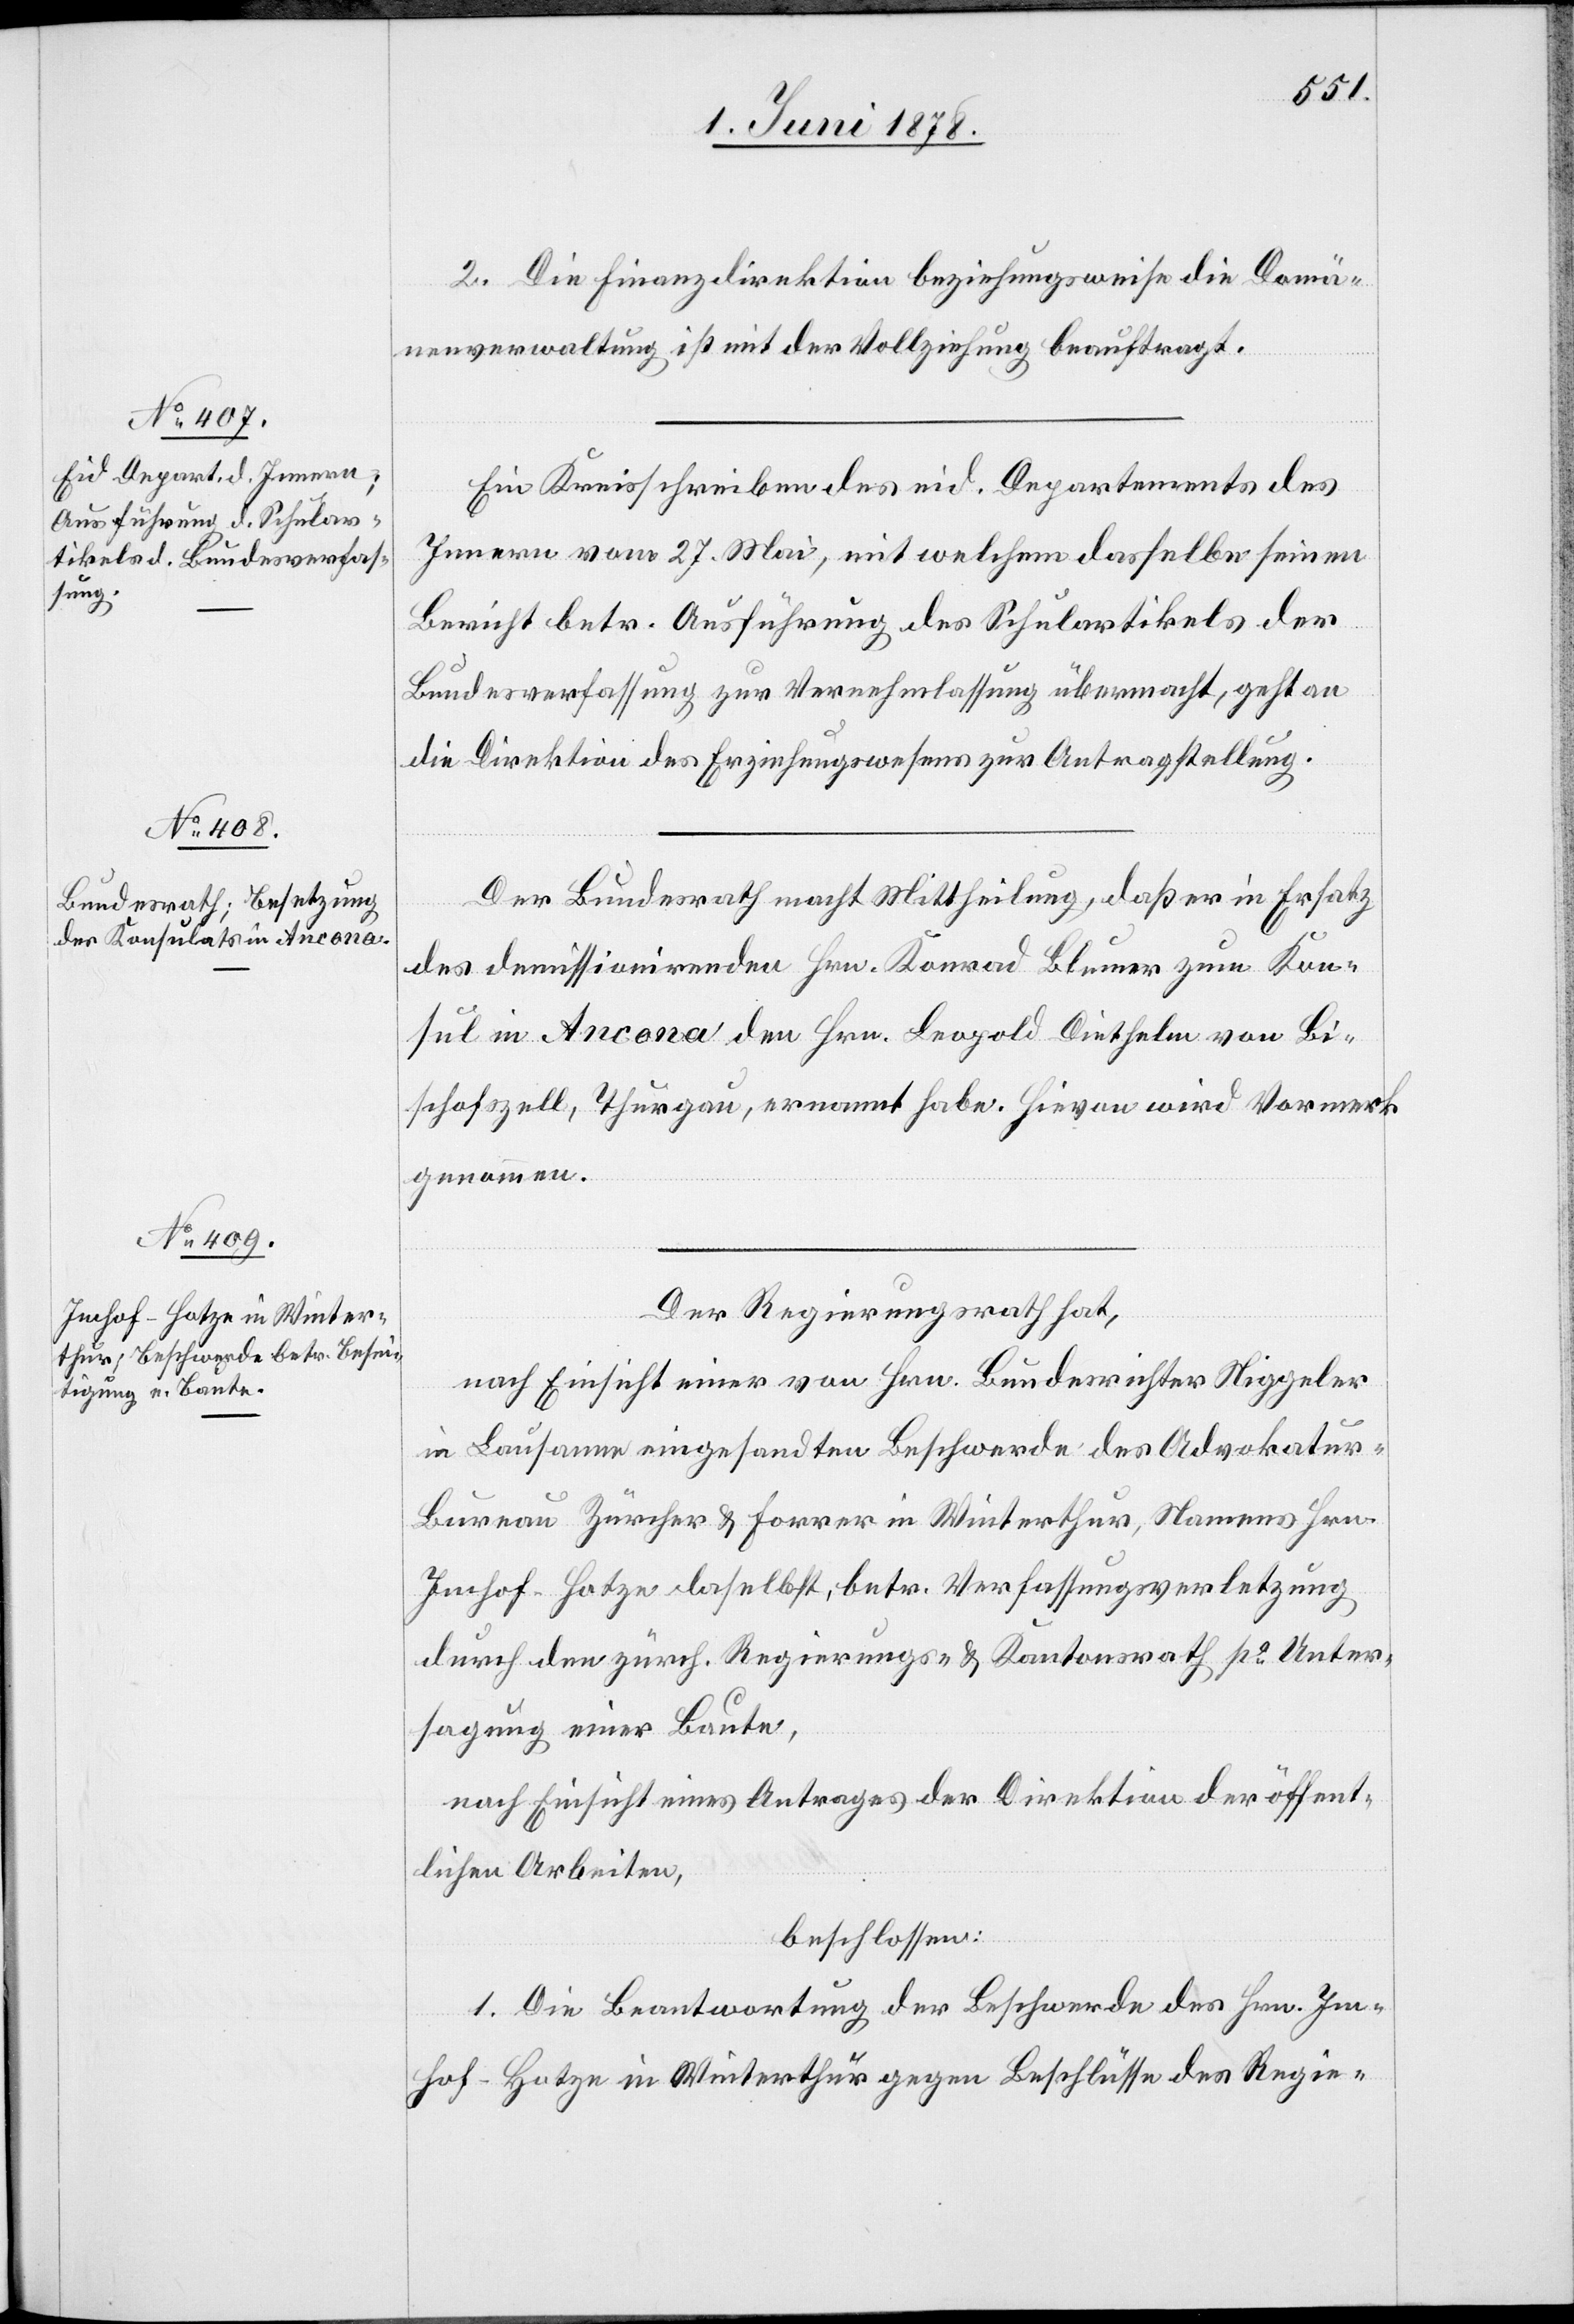
2. Die Finanzdirektion beziehungsweise die Domä¬
nenverwaltung ist mit der Vollziehung beauftragt.
Ein Kreisschreiben des eid. Departements des
Innern vom 27. Mai, mit welchem dasselbe seinen
Bericht betr. Ausführung des Schulartikels der
Bundesverfassung zur Vernehmlassung übermacht, geht an
die Direktion des Erziehungswesens zur Antragstellung.
Der Bundesrath macht Mittheilung, daß er in Ersatz
des demissionirenden Hrn. Konrad Blumer zum Kon¬
sul in Ancona den Hrn. Leopold Diethelen von Bi¬
schofszell, Thurgau, ernannt habe. Hievon wird Vormerk
genommen.
Der Regierungsrath hat,
nach Einsicht einer von Hrn. Bundesrichter Niggeler
in Lausanne eingesandten Beschwerde des Advokatur-B¬
ureau Zürcher & Forrer in Winterthur, Namens Hrn.
Imhof-Hotze daselbst, betr. Verfassungsverletzung
durch den zürch. Regierungs- & Kantonsrath po Unter¬
sagung einer Baute,
nach Einsicht eines Antrages eines Antrages der Direktion der öffent¬
lichen Arbeiten,
beschlossen:
1. Die Beantwortung der Beschwerde des Hrn. Im¬
hof-Hotze in Winterthur gegen Beschlüsse des Regie-